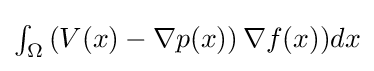
\textstyle \int _{\Omega }\left(V(x)-\nabla p(x)\right)\nabla f(x))dx